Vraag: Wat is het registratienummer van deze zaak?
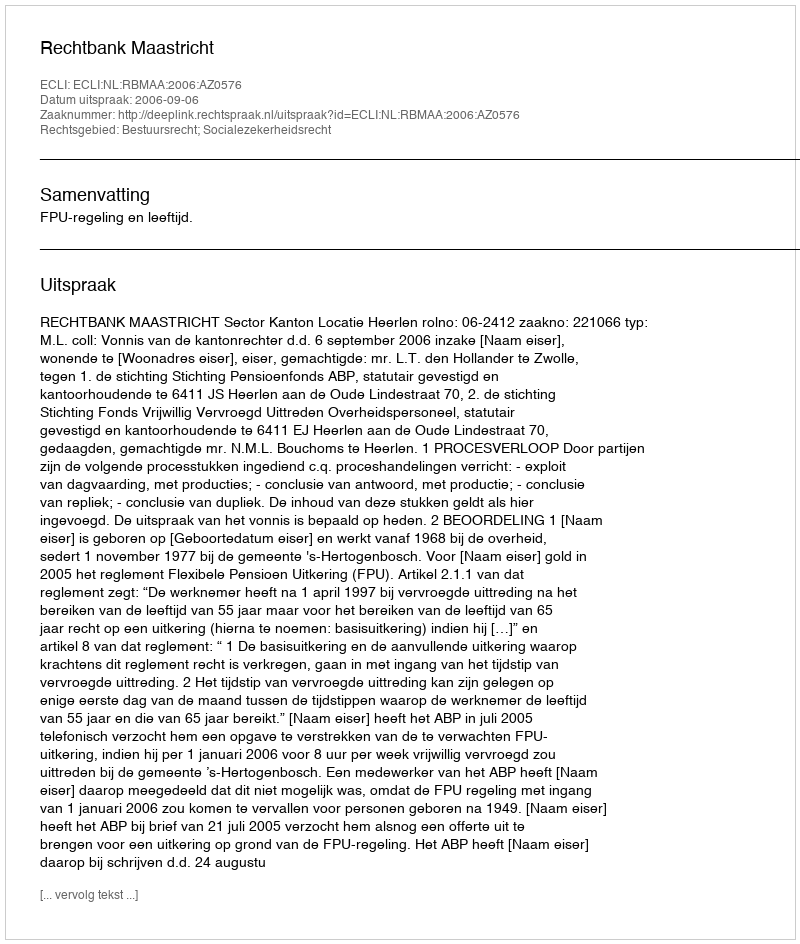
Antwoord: http://deeplink.rechtspraak.nl/uitspraak?id=ECLI:NL:RBMAA:2006:AZ0576